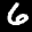
Label: 6